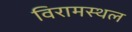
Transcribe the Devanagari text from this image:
विरामस्थल